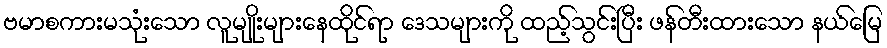
ဗမာစကားမသုံးသော လူမျိုးများနေထိုင်ရာ ဒေသများကို ထည့်သွင်းပြီး ဖန်တီးထားသော နယ်မြေ